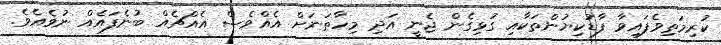
ކުރިމަތިވެފައިވާ ފާޑުކިޔުންތަކާއި ގުޅިގެން ޖެނީ އަދި މިހާތަނަށް އެއްވެސް އެއްޗެއް ބުނެފައެއް ނުވެއެވެ.